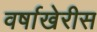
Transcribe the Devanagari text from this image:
वर्षाखेरीस